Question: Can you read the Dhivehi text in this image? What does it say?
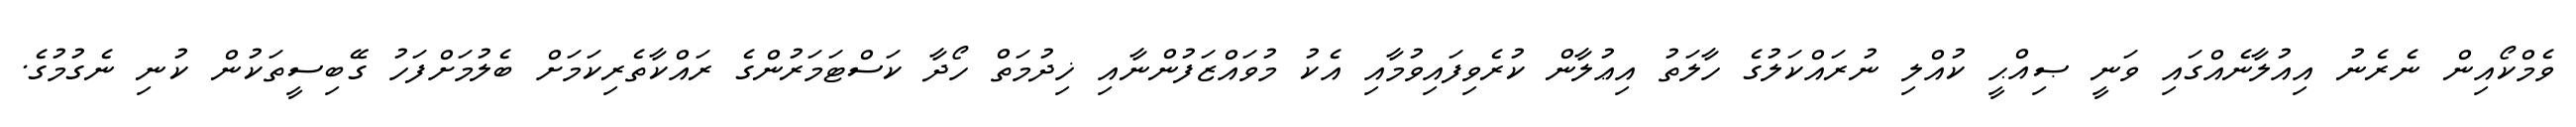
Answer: ވެމްކޯއިން ނެރެނު އިއުލާނެއްގައި ވަނީ ޞިއްޙީ ކުއްލި ނުރައްކަލުގެ ހާލަތު އިޢުލާން ކުރެވިފައިވުމާއި އެކު މުވައްޒަފުންނާއި ޚިދުމަތް ހޯދާ ކަސްޓަމަރުންގެ ރައްކާތެރިކަމަށް ބެލުމަށްފަހު ގޭބިސީތަކުން ކުނި ނެގުމުގެ.